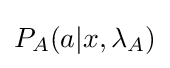
P_{A}(a|x,\lambda _{A})